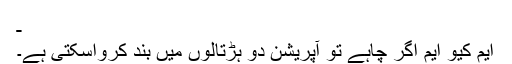
ـ
ایم کیو ایم اگر چاہے تو آپریشن دو ہڑتالوں میں بند کرواسکتی ہےؕ۔